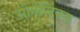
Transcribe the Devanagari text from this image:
सीमैन्टिक्स